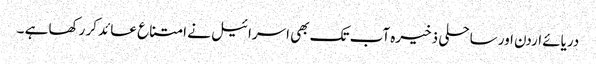
دریائے اردن اور ساحلی ذخیرہ آب تک بھی اسرائیل نے امتناع عائد کر رکھا ہے ۔